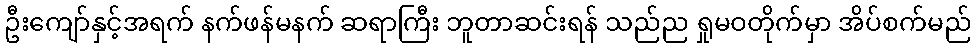
ဦးကျော်နှင့်အရက် နက်ဖန်မနက် ဆရာကြီး ဘူတာဆင်းရန် သည်ည ရှုမဝတိုက်မှာ အိပ်စက်မည်